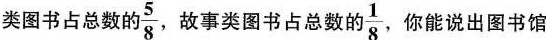
类图书占总数的\frac{5}{8} 故事类图书占总数的\frac{1}{8}你能说出图书馆